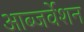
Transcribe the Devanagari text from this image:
आब्जर्वेशन